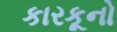
કારકૂનો